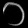
Digit: ၁